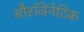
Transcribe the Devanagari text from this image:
औरजिनेटिक